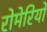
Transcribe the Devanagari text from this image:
रोमेरियो